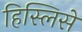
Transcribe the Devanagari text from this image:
हिस्लिसे